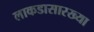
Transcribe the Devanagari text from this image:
लाकडासारख्या